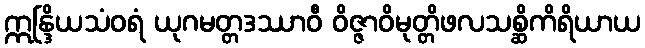
ဣန္ဒြိယသံဝရံ ယုဂမတ္တဒဿာဝီ ဝိဇ္ဇာဝိမုတ္တိဖလသစ္ဆိကိရိယာယ